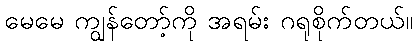
မေမေ ကျွန်တော့်ကို အရမ်း ဂရုစိုက်တယ်။